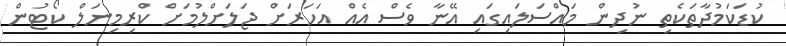
ކުޑަކަމުދާތަކެތި ނުދިން މައްސަލައިގައި އޭނާ ވެސް އެއް އަހަރަށް ޖަލަށްލުމަށް ކްރިމިނަލް ކޯޓުން